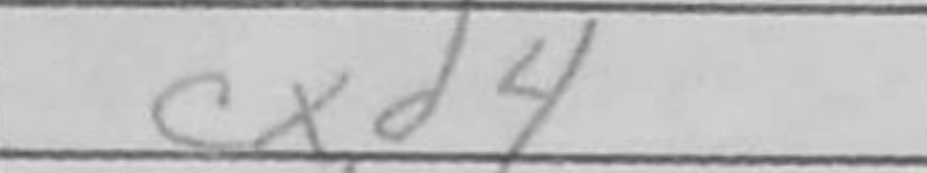
Transcription: cxd4